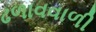
ઢળાવવાળી